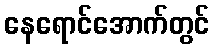
နေရောင်အောက်တွင်